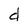
Character: d